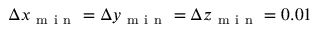
\Delta x _ { \mathrm { ~ m ~ i ~ n ~ } } = \Delta y _ { \mathrm { ~ m ~ i ~ n ~ } } = \Delta z _ { \mathrm { ~ m ~ i ~ n ~ } } = 0 . 0 1